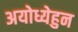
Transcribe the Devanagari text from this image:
अयोध्येहुन